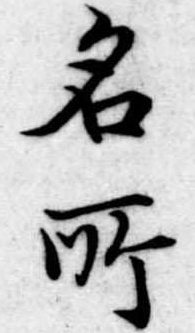
名所